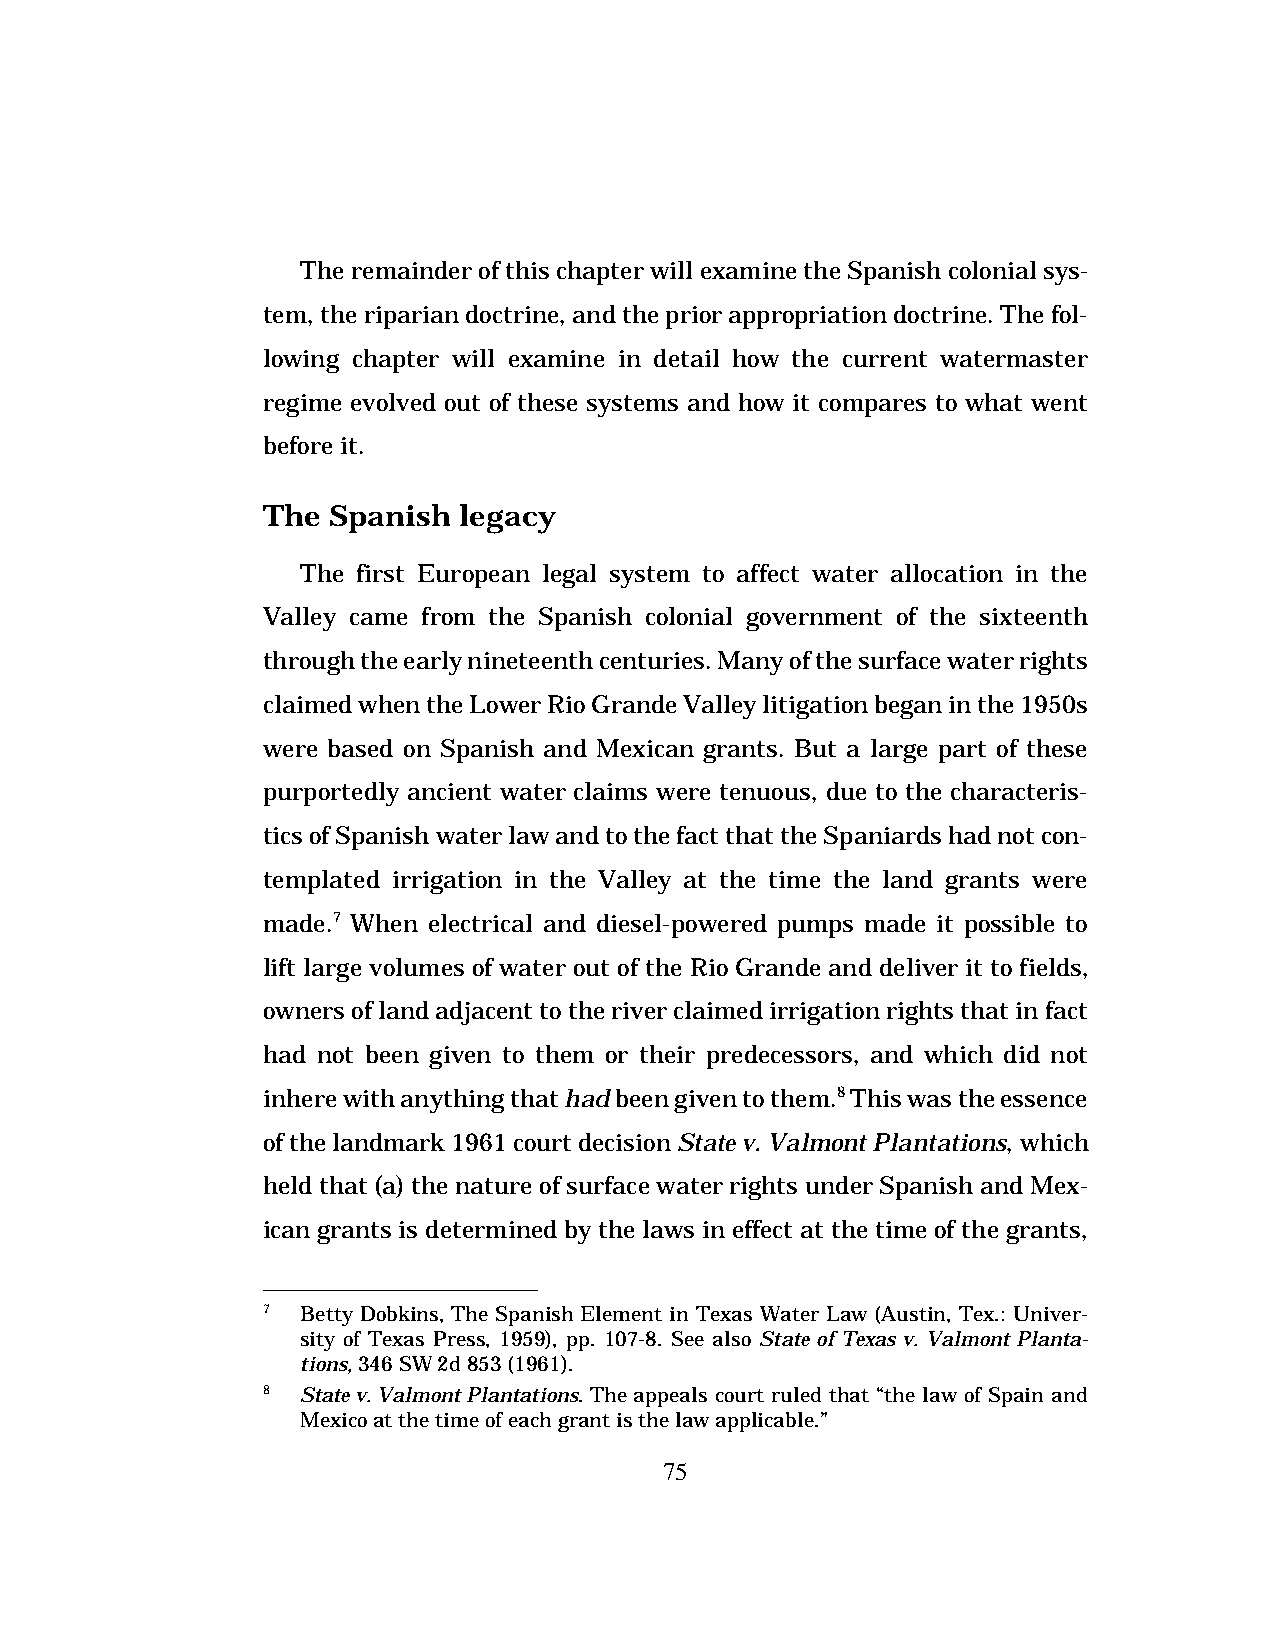
The remainder of this chapter will examine the Spanish colonial sys-
 tem, the riparian doctrine, and the prior appropriation doctrine. The fol-
 lowing chapter will examine in detail how the current watermaster
 regime evolved out of these systems and how it compares to what went
 before it.
 The  Spanish legacy
 The first European legal system to affect water allocation in the
 Valley came from the Spanish colonial government of the sixteenth
 through the early nineteenth centuries. Many of the surface water rights
 claimed when the Lower Rio Grande Valley litigation began in the 1950s
 were based on Spanish and Mexican grants. But a large part of these
 purportedly ancient water claims were tenuous, due to the characteris-
 tics of Spanish water law and to the fact that the Spaniards had not con-
 templated irrigation in the Valley at the time the land grants were
 made.7 When electrical and diesel-powered pumps made it possible to
 lift large volumes of water out of the Rio Grande and deliver it to fields,
 owners of land adjacent to the river claimed irrigation rights that in fact
 had not been given to them or their predecessors, and which did not
 inhere with anything that had been given to them.8 This was the essence
 of the landmark 1961 court decision State v. Valmont Plantations, which
 held that (a) the nature of surface water rights under Spanish and Mex-
 ican grants is determined by the laws in effect at the time of the grants,
 7  Betty Dobkins, The Spanish Element in Texas Water Law (Austin, Tex.: Univer-
 sity of Texas Press, 1959), pp. 107-8. See also State of Texas v. Valmont Planta-
 tions, 346 SW 2d 853 (1961).
 8  State v. Valmont Plantations. The appeals court ruled that “the law of Spain and
 Mexico at the time of each grant is the law applicable.”
 75